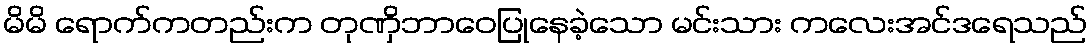
မိမိ ရောက်ကတည်းက တုဏှိဘာဝေပြုနေခဲ့သော မင်းသား ကလေးအင်ဒရေသည်